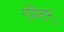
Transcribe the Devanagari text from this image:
गणितम्